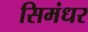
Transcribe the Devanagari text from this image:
सिमंधर